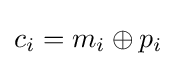
c_{i}=m_{i}\oplus p_{i}